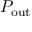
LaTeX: P _ { \mathrm { o u t } }